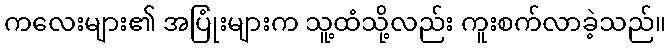
ကလေးများ၏ အပြုံးများက သူ့ထံသို့လည်း ကူးစက်လာခဲ့သည်။